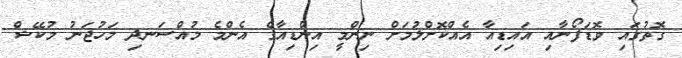
ގޮތުގައި ވޮޑަފޯނާއި އައިޑިއާ އެއްކޮށްލުމަށް ނިންމީ އިންޑިއާގެ އެންމެ މުއްސަނދި މަހުޖަނު މުކޭޝް